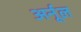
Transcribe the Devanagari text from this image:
अर्नूल